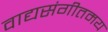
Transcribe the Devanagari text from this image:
वाद्यसंगीतमय